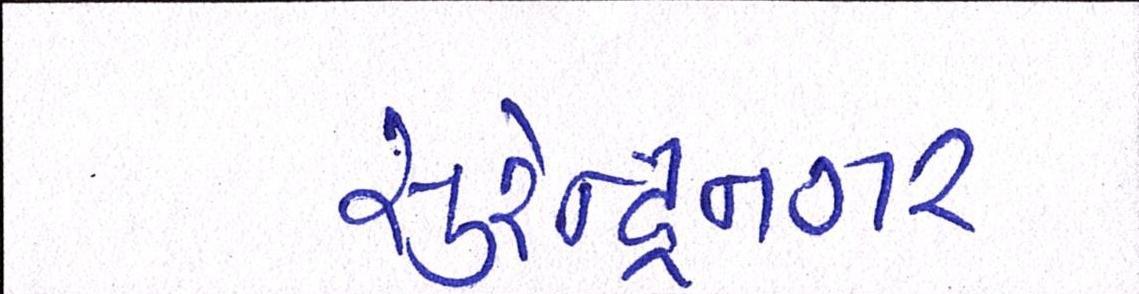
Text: સુરેન્દ્રનગર